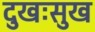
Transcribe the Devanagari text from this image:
दुखःसुख